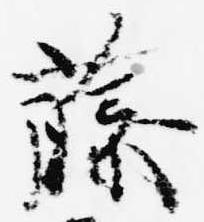
藤